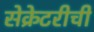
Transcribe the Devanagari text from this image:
सेक्रेटरीची